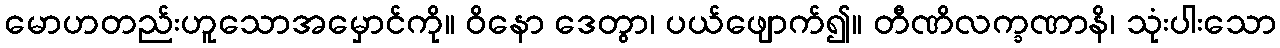
မောဟတည်းဟူသောအမှောင်ကို။ ဝိနော ဒေတွာ၊ ပယ်ဖျောက်၍။ တီဏိလက္ခဏာနိ၊ သုံးပါးသော